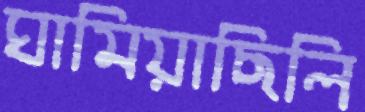
ঘামিয়াছিলি